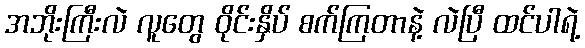
အဘိုးကြီးလဲ လူတွေ ဝိုင်းနှိပ် စက်ကြတာနဲ့ လဲပြီ ထင်ပါရဲ့